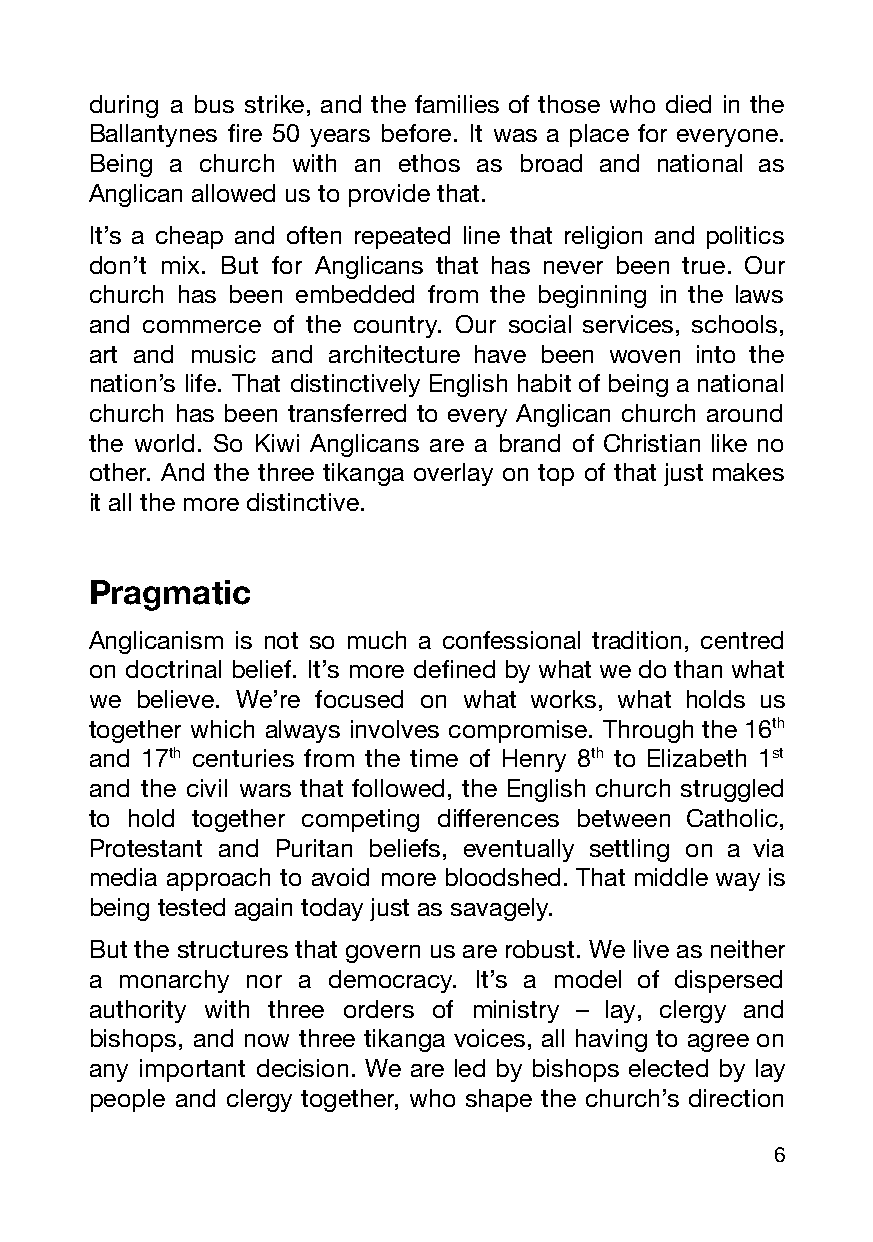
during a bus strike, and the families of those who died in the
 Ballantynes fire 50 years before. It was a place for everyone.
 Being a church with an ethos as broad and national as
 Anglican allowed us to provide that.
 It’s a cheap and often repeated line that religion and politics
 don’t mix. But for Anglicans that has never been true. Our
 church has been embedded from the beginning in the laws
 and commerce of the country. Our social services, schools,
 art and music and architecture have been woven into the
 nation’s life. That distinctively English habit of being a national
 church has been transferred to every Anglican church around
 the world. So Kiwi Anglicans are a brand of Christian like no
 other. And the three tikanga overlay on top of that just makes
 it all the more distinctive.
 Pragmatic
 Anglicanism is not so much a confessional tradition, centred
 on doctrinal belief. It’s more defined by what we do than what
 we believe. We’re focused on what works, what holds us
 together which always involves compromise. Through the 16th
 and 17th centuries from the time of Henry 8th to Elizabeth 1st
 and the civil wars that followed, the English church struggled
 to hold together competing differences between Catholic,
 Protestant and Puritan beliefs, eventually settling on a via
 media approach to avoid more bloodshed. That middle way is
 being tested again today just as savagely.
 But the structures that govern us are robust. We live as neither
 a monarchy nor a democracy. It’s a model of dispersed
 authority with three orders of ministry – lay, clergy and
 bishops, and now three tikanga voices, all having to agree on
 any important decision. We are led by bishops elected by lay
 people and clergy together, who shape the church’s direction
 6